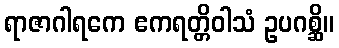
ရာဇာဂါရကေ ဧကရတ္တိဝါသံ ဥပဂစ္ဆိ။